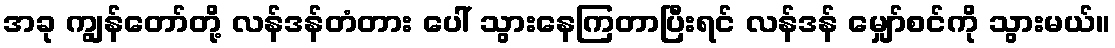
အခု ကျွန်တော်တို့ လန်ဒန်တံတား ပေါ် သွားနေကြတာပြီးရင် လန်ဒန် မျှော်စင်ကို သွားမယ်။